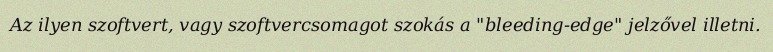
Az ilyen szoftvert, vagy szoftvercsomagot szokás a "bleeding-edge" jelzővel illetni.